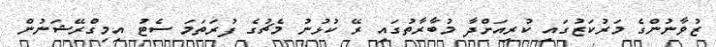
ޒުވާނުންގެ މަރުކަޒުގައި ކުރިއަށްދާ މުބާރާތުގައި ރޭ ކުޅުނު މެޗުގެ ފުރަތަމަ ސެޓު އިމިގްރޭޝަނުން